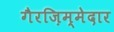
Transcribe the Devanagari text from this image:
गैरज़िम्मेदार